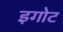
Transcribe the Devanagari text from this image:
इगोट